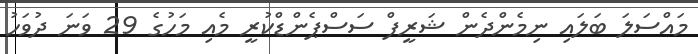
މައްސަލަ ބަލައި ނިމެންދެން ޝަރީފް ސަސްޕެންޑްކުރީ މެއި މަހުގެ 29 ވަނަ ދުވަހު